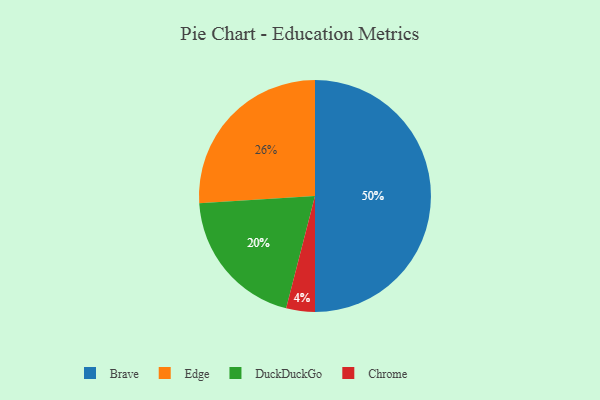
{"axis": {"x": "Category", "y": "Percentage"}, "legend": ["Brave", "Chrome", "DuckDuckGo", "Edge"], "data": [{"x": "DuckDuckGo", "y": 20, "type": "DuckDuckGo"}, {"x": "Edge", "y": 26, "type": "Edge"}, {"x": "Brave", "y": 50, "type": "Brave"}, {"x": "Chrome", "y": 4, "type": "Chrome"}]}